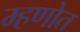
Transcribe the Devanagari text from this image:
म्हणोत